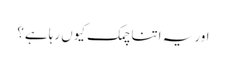
اور یہ اتنا چمک کیوں رہا ہے؟